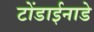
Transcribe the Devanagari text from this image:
टोंडाईनाडे